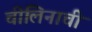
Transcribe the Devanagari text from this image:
चीलिनाची